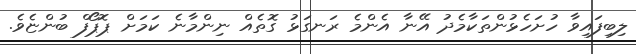
ލިބިފައިވާ ހުށަހެޅުންތަކާމެދު އޭނާ އެންމެ ރަނގަޅު ގޮތެއް ނިންމާނެ ކަމަށް ޕޮޕޯފް ބުންޏެވެ.